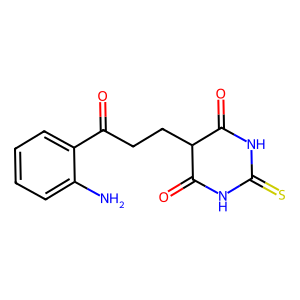
SMILES: Nc1ccccc1C(=O)CCC1C(=O)NC(=S)NC1=O
Inhibits HIV replication: No